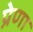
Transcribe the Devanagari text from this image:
प्रेणा